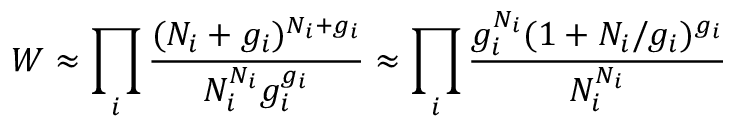
W \approx \prod _ { i } { \frac { ( N _ { i } + g _ { i } ) ^ { N _ { i } + g _ { i } } } { N _ { i } ^ { N _ { i } } g _ { i } ^ { g _ { i } } } } \approx \prod _ { i } { \frac { g _ { i } ^ { N _ { i } } ( 1 + N _ { i } / g _ { i } ) ^ { g _ { i } } } { N _ { i } ^ { N _ { i } } } }